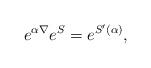
LaTeX: \begin{align*}e^{\alpha\nabla}e^{S}=e^{S^\prime(\alpha)},\end{align*}